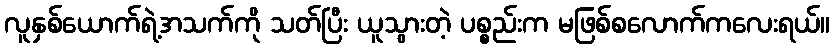
လူနှစ်ယောက်ရဲ့အသက်ကို သတ်ပြီး ယူသွားတဲ့ ပစ္စည်းက မဖြစ်စလောက်ကလေးရယ်။